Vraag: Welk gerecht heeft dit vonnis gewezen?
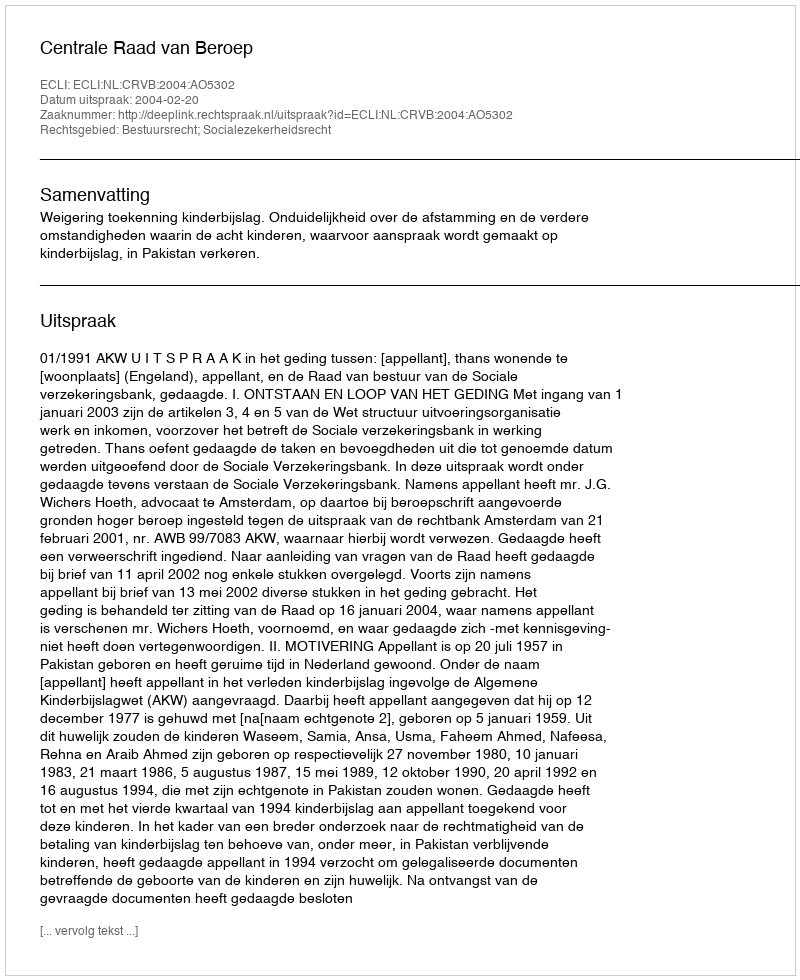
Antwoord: Centrale Raad van Beroep